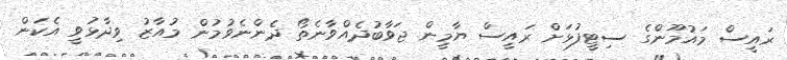
ރައީސް މައުމޫންގެ ސިޓީފުޅަށް ރައީސް ޔާމީން ޖަވާބުދެއްވާނެތޯ ދެންނެވުމުން މުއާޒު ވިދާޅުވީ އެކަން